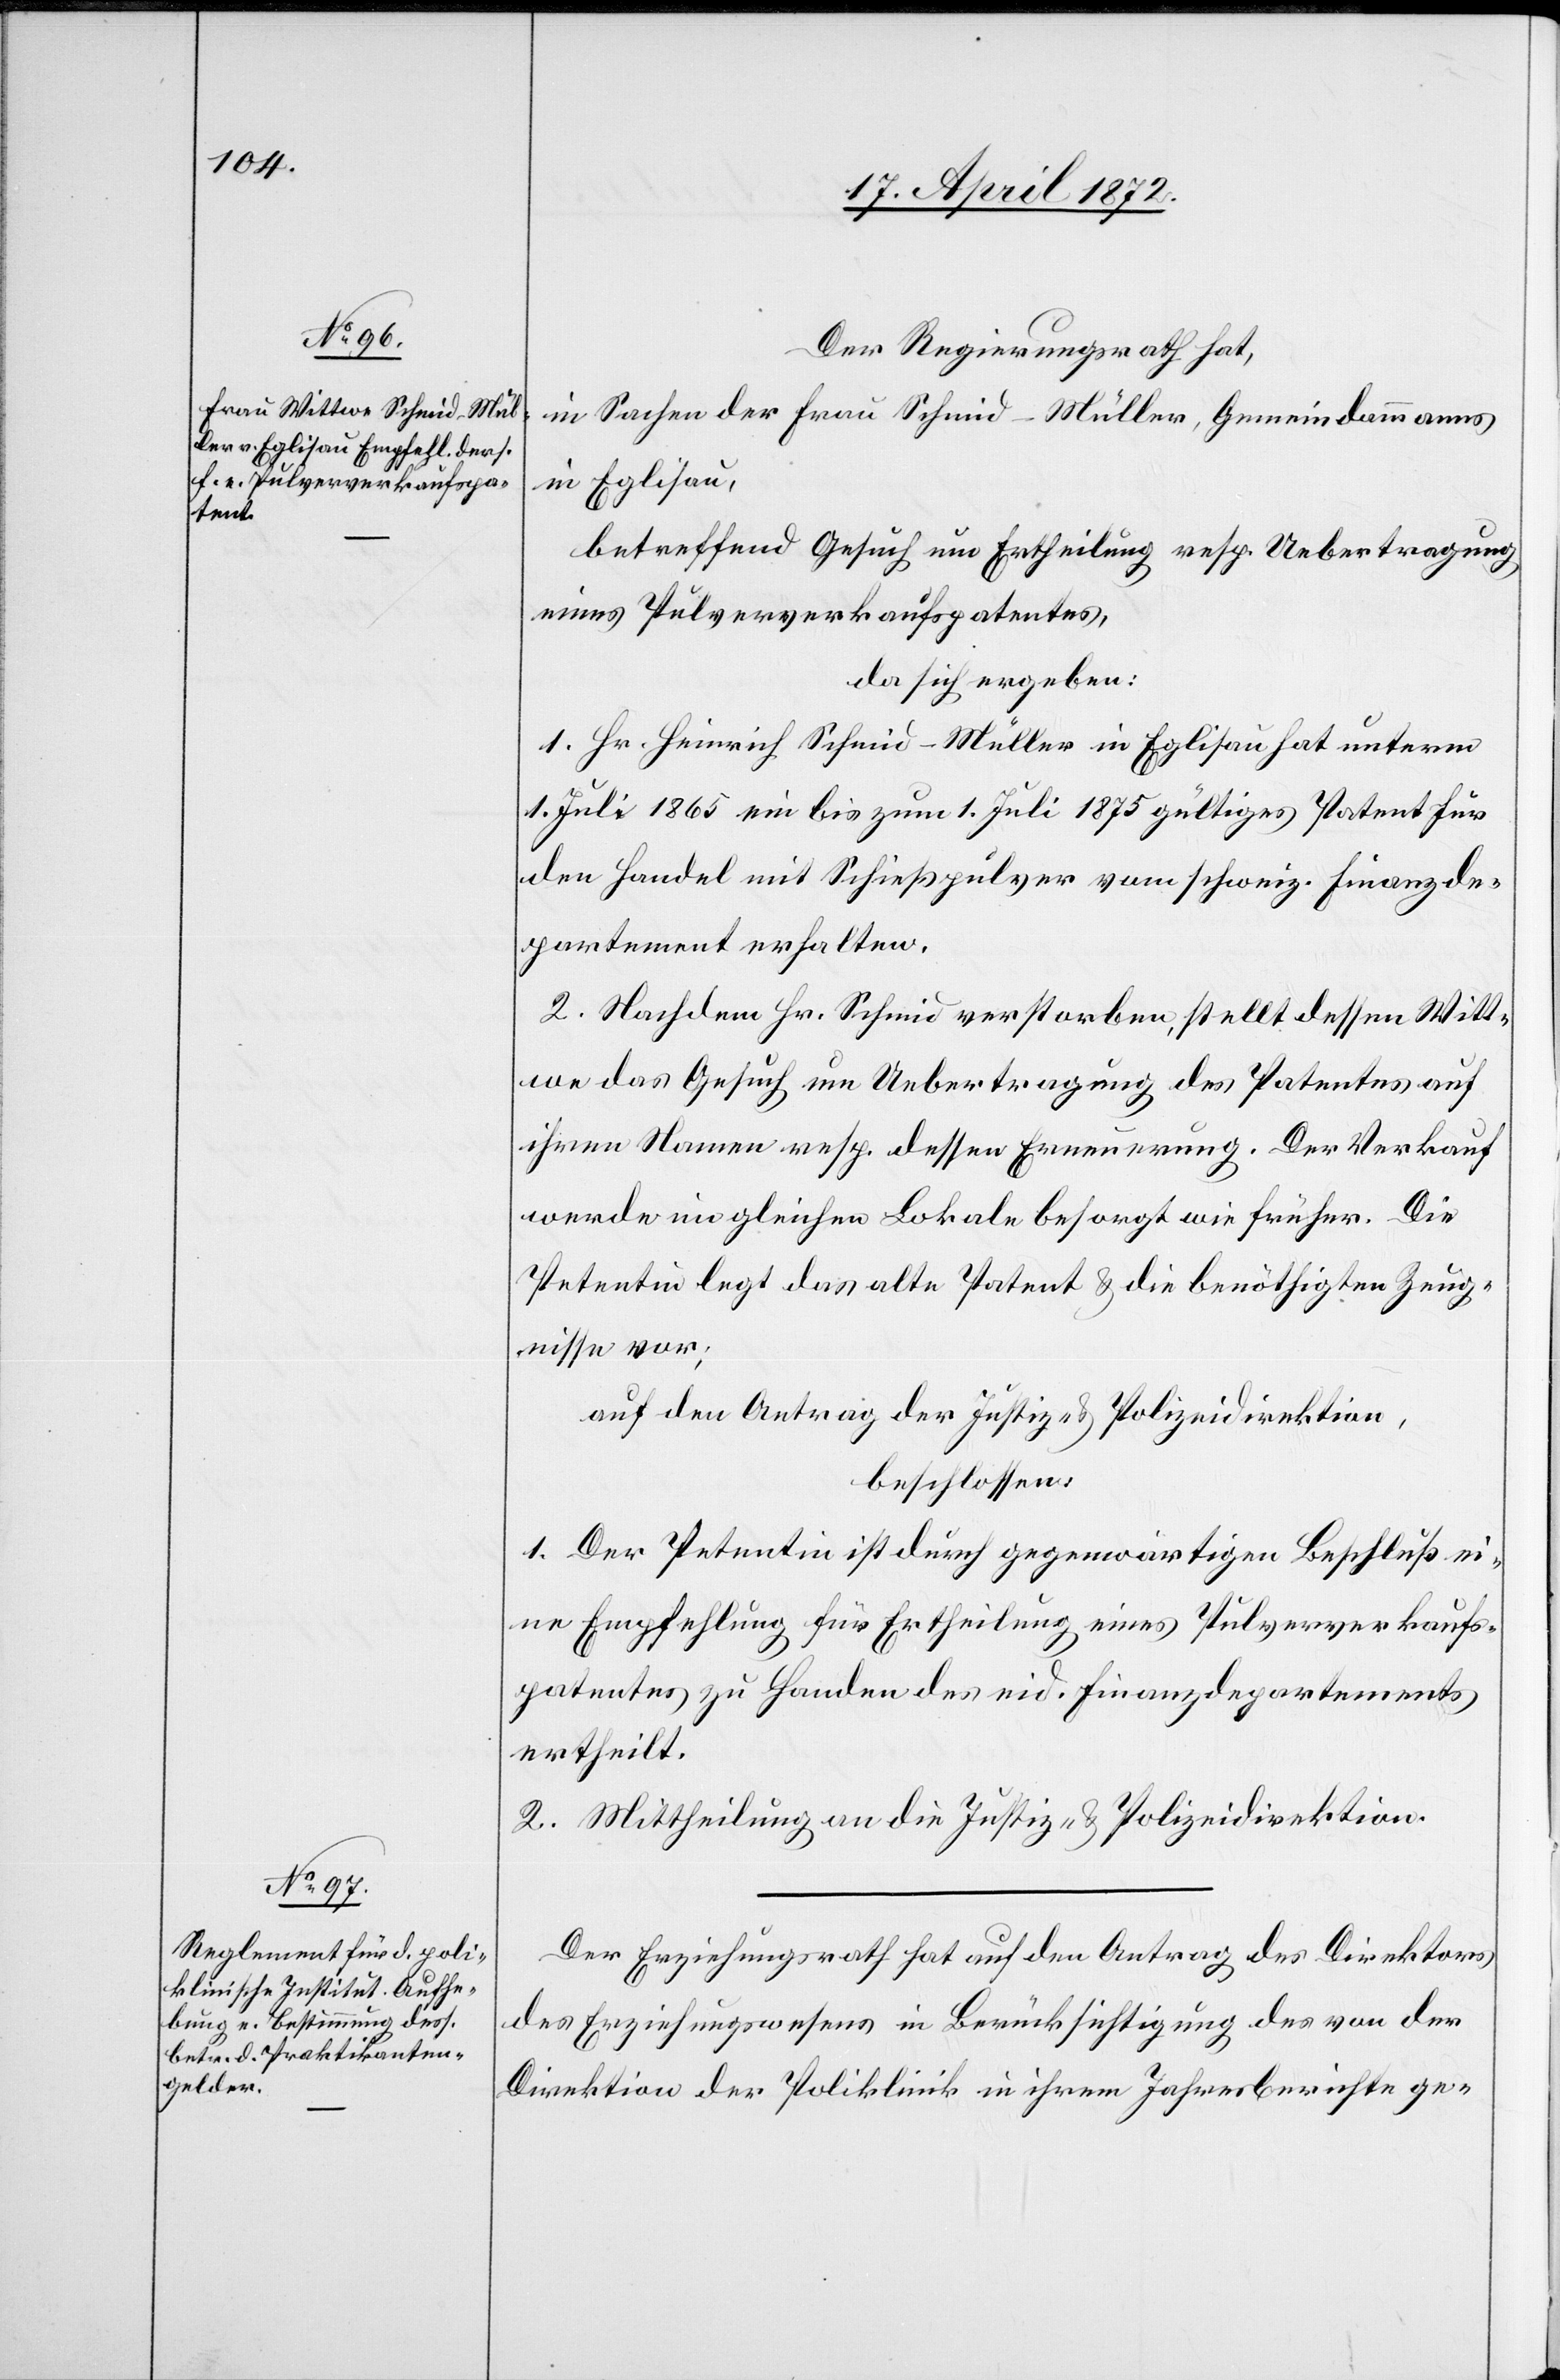
Der Regierungsrath hat,
in Sachen der Frau Schmid-Müller, Gemeindammanns
in Eglisau,
betreffend Gesuch um Ertheilung resp. Uebertragung
eines Pulververkaufspatentes,
da sich ergeben:
1. Hr. Heinrich Schmid-Müller in Eglisau hat unterm
1. Juli 1865 ein bis zum 1. Juli 1875 gültiges Patent für
den Handel mit Schießpulver vom schweiz. Finanzde¬
partement erhalten.
2. Nachdem Hr. Schmid verstorben, stellte dessen Witt¬
we das Gesuch um Uebertragung des Patentes auf
ihren Namen resp. dessen Erneuerung. Der Verkauf
werde im gleichen Lokale besorgt wie früher. Die
Petentin legt das alte Patent u. die benöthigten Zeug¬
nisse vor;
auf den Antrag der Justiz- u. Polizeidirektion,
beschlossen:
1. Der Petentin ist durch gegenwärtigen Beschluß ei¬
ne Empfehlung für Ertheilung eines Pulververkaufs¬
patentes zu Handen des eid. Finanzdepartements
ertheilt.
2. Mittheilung an die Justiz- u. Polizeidirektion.
Der Erziehungsrath hat auf den Antrag des Direktors
des Erziehungswesens in Berücksichtigung des von der
Direktion der Poliklinik in ihrem Jahresberichte ge-